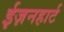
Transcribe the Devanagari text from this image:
ईज़नहार्ट